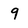
Character: 9